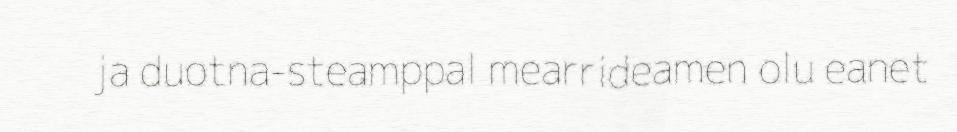
ja duotna-steamppal mearrideamen olu eanet